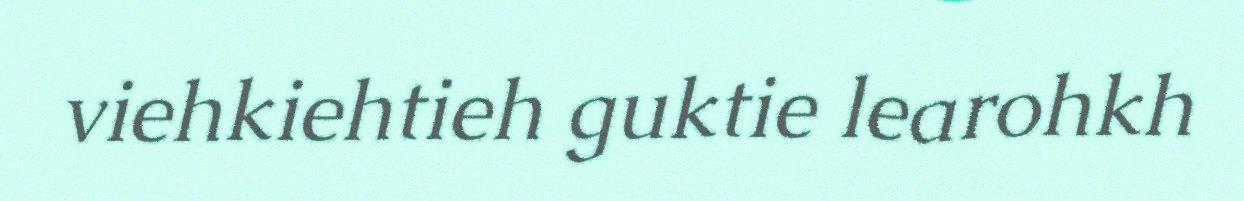
viehkiehtieh guktie learohkh